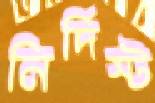
নির্দিস্ট